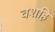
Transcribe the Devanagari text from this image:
वशहि